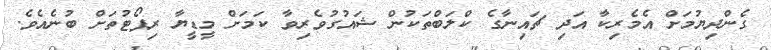
ގެންދިޔުމަށް އެމެރިކާ އަދި ޗައިނާގެ ކްލަބްތަކުން ޝައުގުވެރިވާ ކަމަށް މީޑީޔާ ރިޕޯޓުތަށް ބުނެއެވެ.